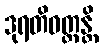
ဒုရတိဝတ္တန္တိ